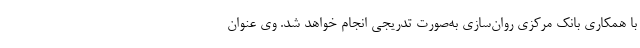
با همکاری بانک مرکزی روان‌سازی به‌صورت تدریجی انجام خواهد شد. وی عنوان